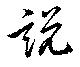
説